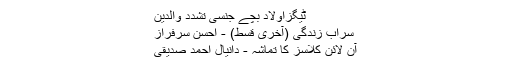
ٹیگزاولاد بچے جنسی تشدد والدین
سراب زندگی (آخری قسط) - احسن سرفراز
آن لائن کلاسز کا تماشہ - دانیال احمد صدیقی